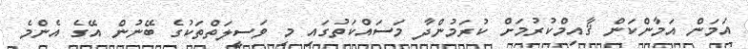
އަމަން އަމާންކަން ޤާއިމްކުރުމަށް ކުރަމުންދާ މަސައްކަތުގައި މި ވަސީލަތްތަކުގެ ބޭނުން އޭގެ އެންމެ